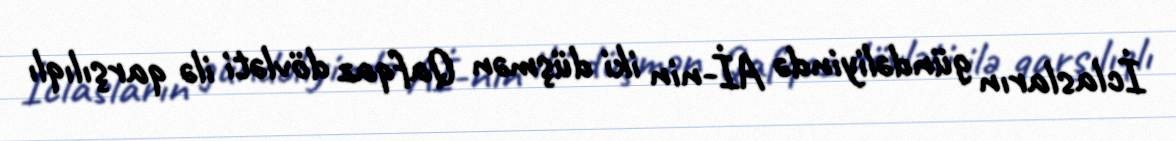
İclasların gündəliyində Aİ-nin iki düşmən Qafqaz dövləti ilə qarşılıqlı